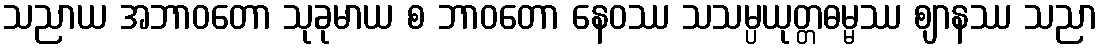
သညာယ အဘာဝတော သုခုမာယ စ ဘာဝတော နေဝဿ သသမ္ပယုတ္တဓမ္မဿ ဈာနဿ သညာ